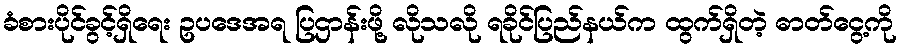
ခံစားပိုင်ခွင့်ရှိရေး ဥပဒေအရ ပြဌာန်းဖို့ လိုသလို ရခိုင်ပြည်နယ်က ထွက်ရှိတဲ့ ဓာတ်ငွေ့ကို